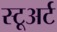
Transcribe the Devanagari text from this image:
स्टूअर्ट